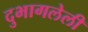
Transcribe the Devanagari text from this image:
दुभागलेली